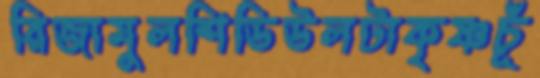
রিজামুলশিডিউলটাকৃষ্ণচূঁ